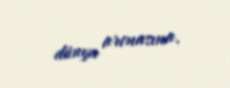
dünya arenasına.